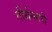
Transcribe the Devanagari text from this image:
तीर्थनगरी